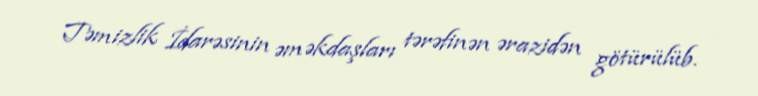
Təmizlik İdarəsinin əməkdaşları tərəfinən ərazidən götürülüb.